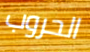
الحروب